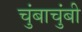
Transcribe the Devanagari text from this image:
चुंबाचुंबी